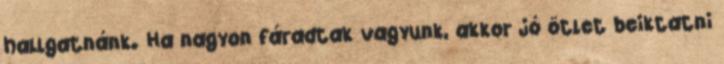
hallgatnánk. Ha nagyon fáradtak vagyunk, akkor jó ötlet beiktatni